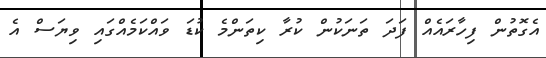
އެގޮތުން ފިހާރައެއް ފަދަ ތަނަކުން ކުރާ ކިތަންމެ ކުޑަ ވައްކަމެއްގައި ވިޔަސް އެ